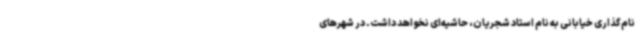
نام‌گذاری خیابانی به نام استاد شجریان، حاشیه‌ای نخواهد داشت. در شهرهای